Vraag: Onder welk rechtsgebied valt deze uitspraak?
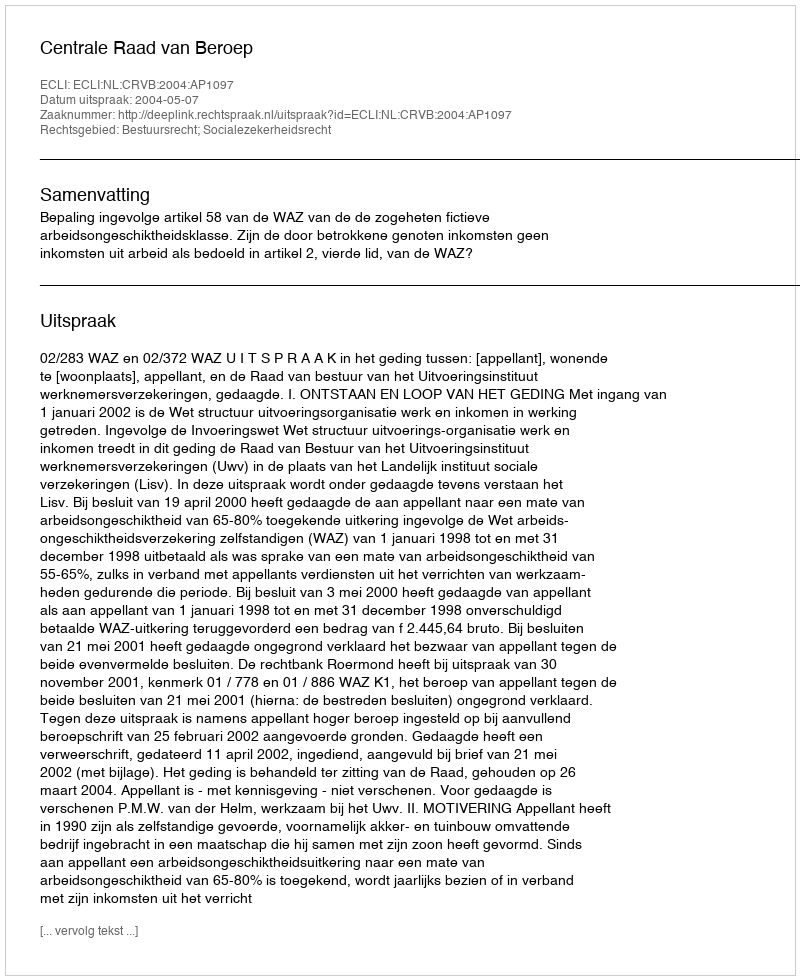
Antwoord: Bestuursrecht; Socialezekerheidsrecht